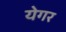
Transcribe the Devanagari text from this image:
येगर